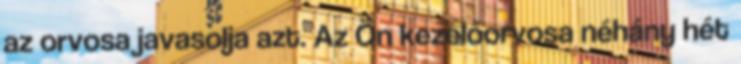
az orvosa javasolja azt. Az Ön kezelőorvosa néhány hét